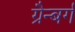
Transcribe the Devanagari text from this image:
ग्रैन्बर्ग